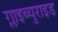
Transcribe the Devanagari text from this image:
ग्लाइब्युराइड